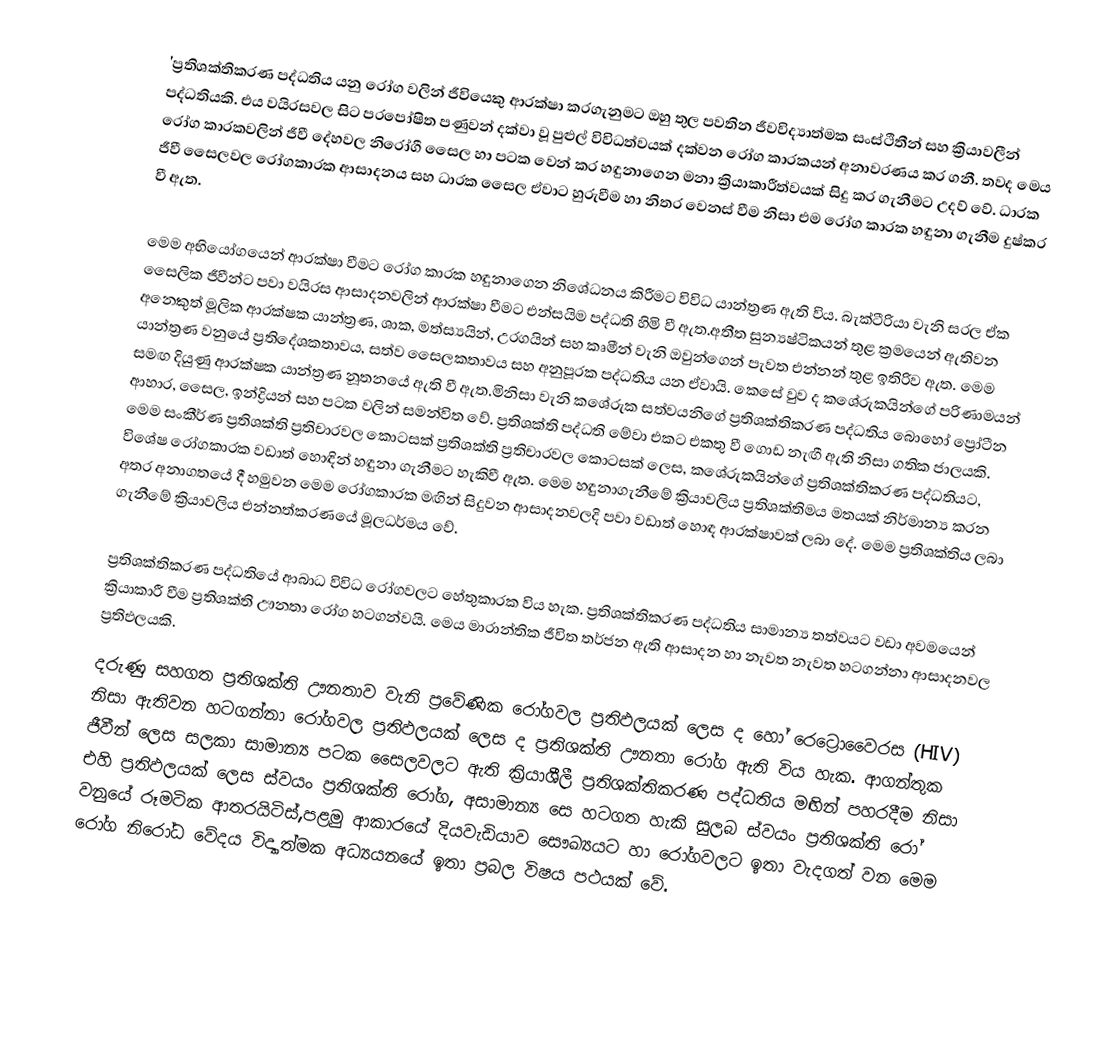
'ප්‍රතිශක්තිකරණ පද්ධතිය යනු රෝග වලින්  ජීවියෙකු ආරක්ෂා කරගැනුමට ඔහු තුල පවතින  ජීවවිද්‍යාත්මක සංස්ථිතීන් සහ ක්‍රියාවලීන් පද්ධතියකි. එය වයිරසවල සිට පරපෝෂිත පණුවන් දක්වා වූ පුළුල් විවිධත්වයක් දක්වන රෝග කාරකයන් අනාවරණය කර ගනී. තවද මෙය රෝග කාරකවලින් ‍ජීවී දේහවල නිරෝගී සෛල හා පටක වෙන් කර හඳුනාගෙන මනා ක්‍රියාකාරීත්වයක් සිදු කර ගැනීමට උදව් වේ. ධාරක ජීවී සෛලවල රෝගකාරක ආසාදනය සහ ධාරක සෛල ඒවාට හුරුවීම හා නිතර වෙනස් වීම නිසා එම රෝග කාරක හඳුනා ගැනීම දුෂ්කර වී ඇත.

මෙම අ‍භියෝගයෙන් ආරක්ෂා වීමට රෝග කාරක හඳුනාගෙන නිශේධනය කිරීමට විවිධ යාන්ත්‍රණ ඇති විය. බැක්ටීරියා වැනි සරල ඒක සෛලික ජීවීන්ට පවා වයිරස ආසාදනවලින් ආරක්ෂා වීමට එන්සයිම පද්ධති හිමි වී ඇත.අතීත සුන්‍යෂ්ටිකයන් තුළ ක්‍රමයෙන් ඇතිවන අනෙකුත් මූලික ආරක්ෂක යාන්ත්‍රණ, ශාක, මත්ස්‍යයින්, උරගයින් සහ කෘමීන් වැනි ඔවුන්ගෙන් පැවත එන්නන් තුළ ඉතිරිව ඇත. මෙම යාන්ත්‍රණ වනුයේ ප්‍රතිදේශකතාවය, සත්ව සෛලකතාවය සහ අනුපූරක පද්ධතිය යන ඒවායි. කෙසේ වුව ද කශේරුකයින්ගේ පරිණාමයන් සමඟ දියුණු ආරක්ෂක යාන්ත්‍රණ නූතනයේ ඇති වී ඇත.මිනිසා වැනි කශේරුක සත්වයනිගේ ප්‍රතිශක්තිකරණ පද්ධතිය බොහෝ ප්‍රෝටීන ආහාර, සෛල, ඉන්ද්‍රියන් සහ පටක වලින් සමන්විත වේ. ප්‍රතිශක්ති පද්ධති මේවා එකට එකතු වී ගොඩ නැඟී ඇති නිසා ගතික ජාලයකි. මෙම සංකීර්ණ ප්‍රතිශක්ති ප්‍රතිචාරවල කොටසක් ප්‍රතිශක්ති ප්‍රතිචාරවල කොටසක් ලෙස, කශේරුකයින්ගේ ප්‍රතිශක්තිකරණ පද්ධතියට, විශේෂ රෝගකාරක වඩාත් හොඳින් හඳුනා ගැනීමට හැකිවී ඇත. මෙම හඳුනාගැනීමේ ක්‍රියාවලිය ප්‍රතිශක්තිමය මතයක් නිර්මාන්‍ය කරන අතර අනාගතයේ දී හමුවන මෙම රෝගකාරක මඟින් සිදුවන ආසාදනවලදි පවා වඩාත් හොඳ ආරක්ෂාවක් ලබා දේ. මෙම ප්‍රතිශක්තිය ලබා ගැනීමේ ක්‍රියාවලිය එන්නත්කරණයේ මූලධර්මය වේ.

ප්‍රතිශක්තිකරණ පද්ධතියේ ආබාධ විවිධ රෝගවලට හේතුකාරක විය හැක. ප්‍රතිශක්තිකරණ පද්ධතිය සාමාන්‍ය තත්වයට වඩා අවමයෙන් ක්‍රියාකාරී වීම ප්‍රතිශක්ති ඌනතා රෝග හටගන්වයි. මෙය මාරාන්තික ජීවිත තර්ජන ඇති ආසාදන හා නැවත නැවත හටගන්නා ආසාදනවල ප්‍රතිඵලයකි.
දරුණු සහගත ප්‍රතිශක්ති ඌනතාව වැනි ප්‍රවේණික රෝගවල ප්‍රතිඵලයක් ලෙස ද හෝ රෙට්‍රොවෛරස (HIV)  නිසා ඇතිවන හටගන්නා රෝගවල ප්‍රතිඵලයක් ලෙස ද ප්‍රතිශක්ති ඌනතා රෝග ඇති විය හැක. ආගන්තුක ජීවීන් ලෙස සලකා සාමාන්‍ය පටක සෛලවලට ඇති ක්‍රියාශීලී ප්‍රතිශක්තිකරණ පද්ධතිය මඟින් පහරදීම නිසා එහි ප්‍රතිඵලයක් ලෙස ස්වයං ප්‍රතිශක්ති රෝග, අසාමාන්‍ය සෙ හටගත හැකි සුලබ ස්වයං ප්‍රතිශක්ති රෝ වනුයේ රූමටික ආතරයිටිස්,පළමු ආකාරයේ දියවැඩියාව සෞඛ්‍යයට හා රෝගවලට ඉතා වැදගත් වන මෙම රෝග නිරෝධ වේදය විද්‍යාත්මක අධ්‍යයනයේ ඉතා ප්‍රබල විෂය පථයක් වේ.